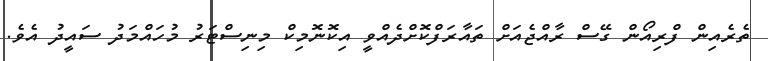
ތެރެއިން ފްރިއޯން ގޭސް ރާއްޖެއަށް ތައާރަފްކޮށްދެއްވީ އިކޮނޮމިކް މިނިސްޓަރު މުހައްމަދު ސައީދު އެވެ.